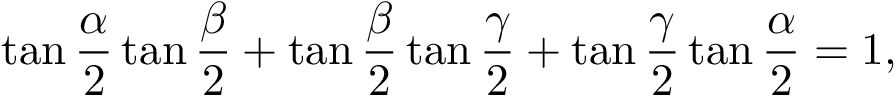
\tan { \frac { \alpha } { 2 } } \tan { \frac { \beta } { 2 } } + \tan { \frac { \beta } { 2 } } \tan { \frac { \gamma } { 2 } } + \tan { \frac { \gamma } { 2 } } \tan { \frac { \alpha } { 2 } } = 1 ,